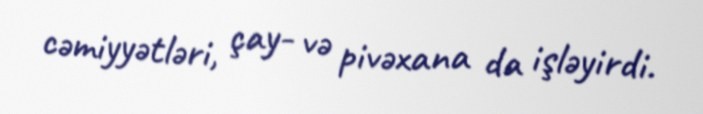
cəmiyyətləri, çay- və pivəxana da işləyirdi.